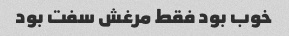
خوب بود فقط مرغش سفت بود